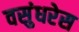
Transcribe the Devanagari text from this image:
वसुंधरेस